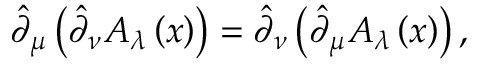
\hat { \partial } _ { \mu } \left( \hat { \partial } _ { \nu } A _ { \lambda } \left( x \right) \right) = \hat { \partial } _ { \nu } \left( \hat { \partial } _ { \mu } A _ { \lambda } \left( x \right) \right) ,